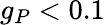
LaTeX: g_{P}<0.1